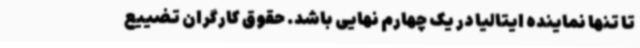
تا تنها نماینده ایتالیا در یک چهارم نهایی باشد. حقوق کارگران تضییع